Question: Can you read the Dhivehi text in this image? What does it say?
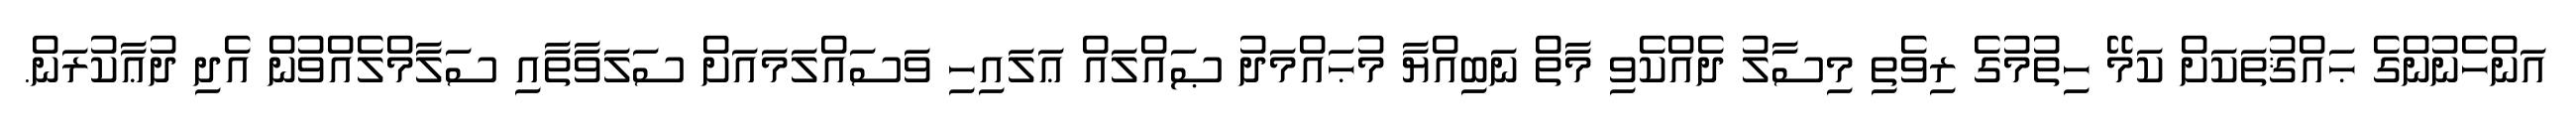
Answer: އަންހެނުންގެ ޙައްޤުތަކަށް ކަމޭ ހިތުމުގެ ރިވެތި މިސާލު ދެއްކެވި މާތް ނަބިއްޔާ މުޙައްމަދު ޞައްލައް ޢަލައިހި ވަސައްލަމައަށް ސަލަވާތާއި ސަލާމްލެއްވުން އެދި ދުޢާކުރަން.